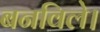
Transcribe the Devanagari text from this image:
बनविले।